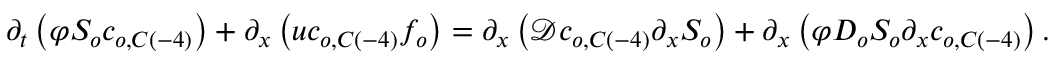
\partial _ { t } \left( \varphi S _ { o } c _ { o , C \left( - 4 \right) } \right) + \partial _ { x } \left( u c _ { o , C \left( - 4 \right) } f _ { o } \right) = \partial _ { x } \left( \mathcal { D } c _ { o , C \left( - 4 \right) } \partial _ { x } S _ { o } \right) + \partial _ { x } \left( \varphi D _ { o } S _ { o } \partial _ { x } c _ { o , C \left( - 4 \right) } \right) .